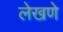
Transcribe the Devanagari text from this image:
लेखणे